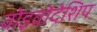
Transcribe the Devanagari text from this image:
वोइवोदेशिप